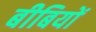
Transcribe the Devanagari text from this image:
बीबियों